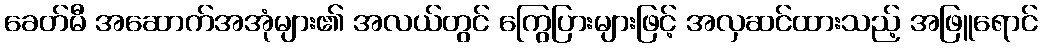
ခေတ်မီ အဆောက်အအုံများ၏ အလယ်တွင် ကြွေပြားများဖြင့် အလှဆင်ထားသည့် အဖြူရောင်